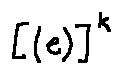
[ ( e ) ] ^ { k }